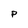
Character: P